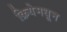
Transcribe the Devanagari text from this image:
क्रियेमधून